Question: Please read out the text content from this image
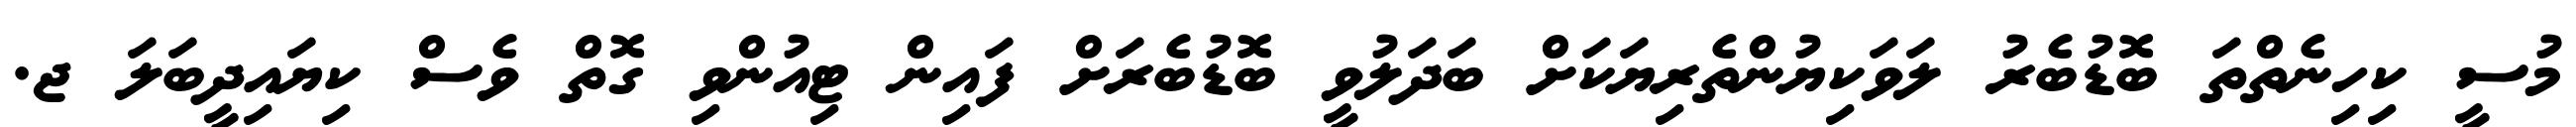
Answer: މުސީ ކިހިނެތްތަ ބޮޑުބެރު ލަވަކިޔުންތެރިޔަކަށް ބަދަލުވީ ބޮޑުބެރަށް ފައިން ޓިއުންވި ގޮތް ވެސް ކިޔައިދީބަލަ ޖ.